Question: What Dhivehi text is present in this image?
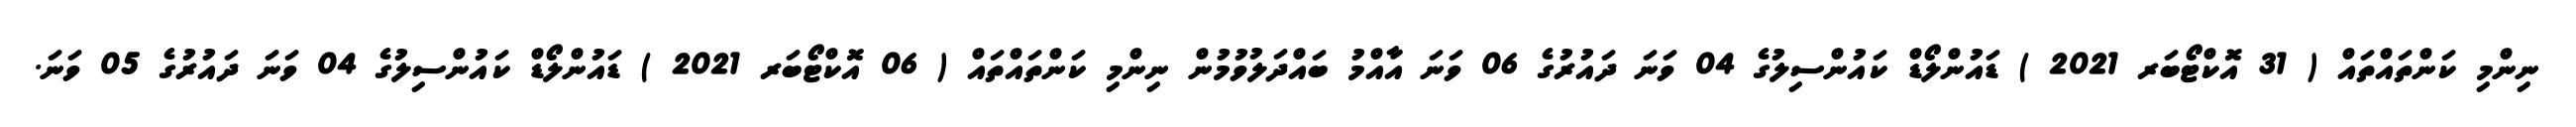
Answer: ނިންމި ކަންތައްތައް ( 31 އޮކްޓޯބަރ 2021 ) ޑައުންލޯޑް ކައުންސިލުގެ 04 ވަނަ ދައުރުގެ 06 ވަނަ އާއްމު ބައްދަލުވުމުން ނިންމި ކަންތައްތައް ( 06 އޮކްޓޯބަރ 2021 ) ޑައުންލޯޑް ކައުންސިލުގެ 04 ވަނަ ދައުރުގެ 05 ވަނަ.